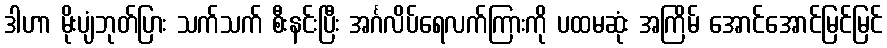
ဒါဟာ မိုးပျံဘုတ်ပြား သက်သက် စီးနင်းပြီး အင်္ဂလိပ်ရေလက်ကြားကို ပထမဆုံး အကြိမ် အောင်အောင်မြင်မြင်